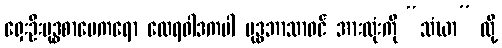
ရှေးဦးဗုဒ္ဓစာပေကရော ထေရဝါဒကပါ ဗုဒ္ဓဘာသာဝင် အားလုံးကို “သံဃာ” လို့